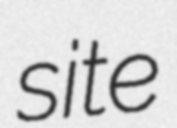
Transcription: site